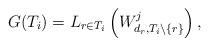
LaTeX: \begin{align*}G(T_i)=L_{r \in T_i}\left(W_{d_r,T_i \backslash \{r\}}^j\right),\end{align*}